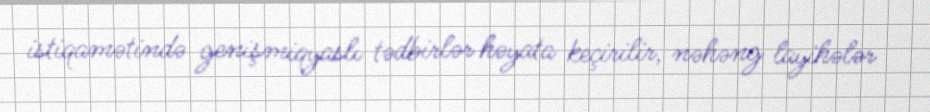
istiqamətində genişmiqyaslı tədbirlər həyata keçirilir, nəhəng layihələr